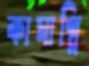
কামাগ্নি